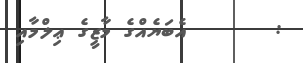
:       އެބަޔެއްގެ މާޒީގެ ޢިލްމާއި